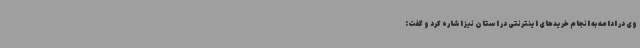
وی در ادامه به انجام خریدهای اینترنتی در استان نیز اشاره کرد و گفت: